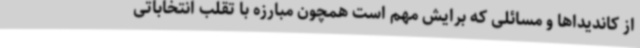
از کاندیداها و مسائلی که برایش مهم است همچون مبارزه با تقلب انتخاباتی